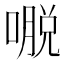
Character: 𰈥